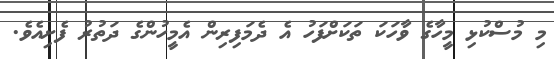
މި މުސްކުޅި މީހާގެ ވާހަކަ ތަކަށްފަހު އެ ދެމަފިރިން އެމީހުންގެ ދަތުރު ފެށިއެވެ.